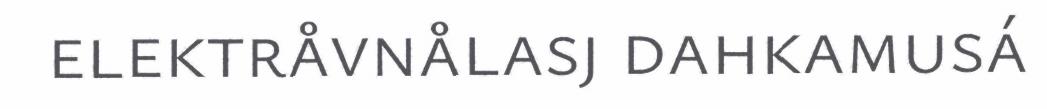
elektråvnålasj dahkamusá